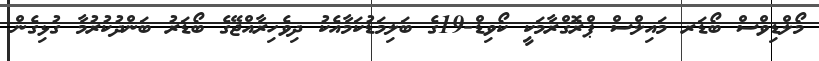
މޯލްޑިވްސް ބޯޑަރ މައިލްސް ޕްރޮގްރާމަކީ ކޯވިޑް-19ގެ ބަލިމަޑުކަމާއެކު ދިވެހިރާއްޖޭގެ ބޯޑަރު ބަންދުކުރުމާ ގުޅިގެން